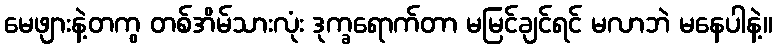
မေဖျားနဲ့တကွ တစ်အိမ်သားလုံး ဒုက္ခရောက်တာ မမြင်ချင်ရင် မလာဘဲ မနေပါနဲ့။